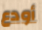
أودع